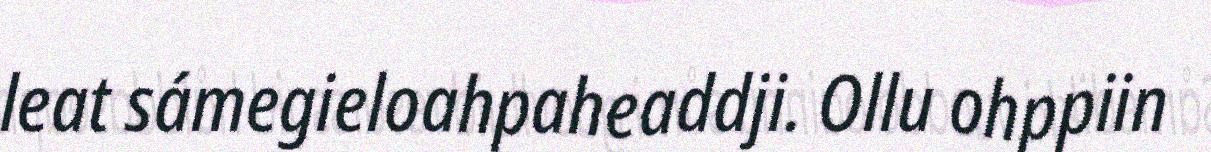
leat sámegieloahpaheaddji. Ollu ohppiin